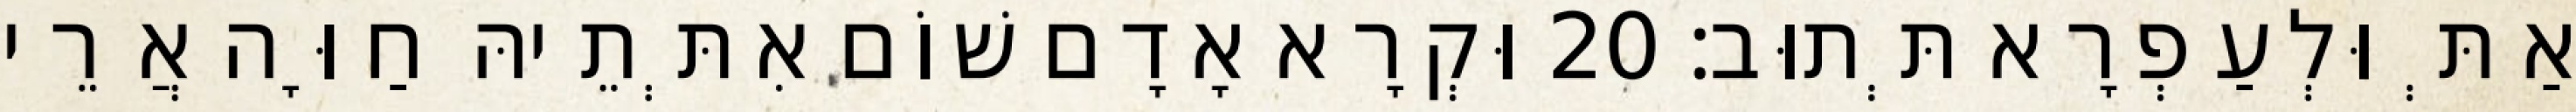
אַתְּ וּלְעַפְרָא תְּתוּב׃ 20 וּקְרָא אָדָם שׁוֹם אִתְּתֵיהּ חַוָּה אֲרֵי